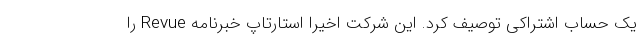
یک حساب اشتراکی توصیف کرد. این شرکت اخیرا استارتاپ خبرنامه Revue را